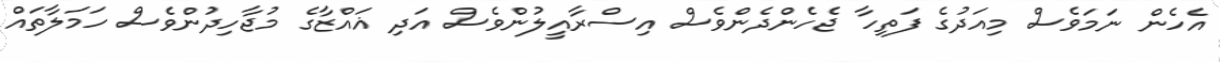
އެހެން ނަމަވެސް މިއަދުގެ ފަތިހާ ޖެހެންދެންވެސް އިސްރާއީލުންވެސް އަދި ޣައްޒާގެ މުޖާހިދުންވެސް ހަމަލާތައް